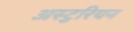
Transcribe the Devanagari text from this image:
अस्टुरियन